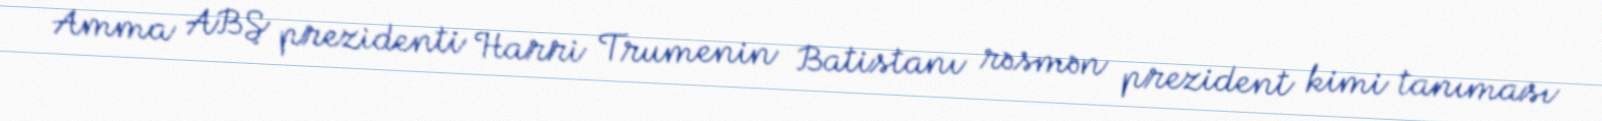
Amma ABŞ prezidenti Harri Trumenin Batistanı rəsmən prezident kimi tanıması